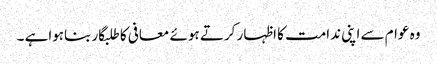
وہ عوام سے اپنی ندامت کا اظہار کرتے ہوئے معافی کا طلبگار بناہواہے ۔